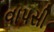
વાપસી